Insane asylums Bombay 1873-77 - 1873-1877
Year: 1873
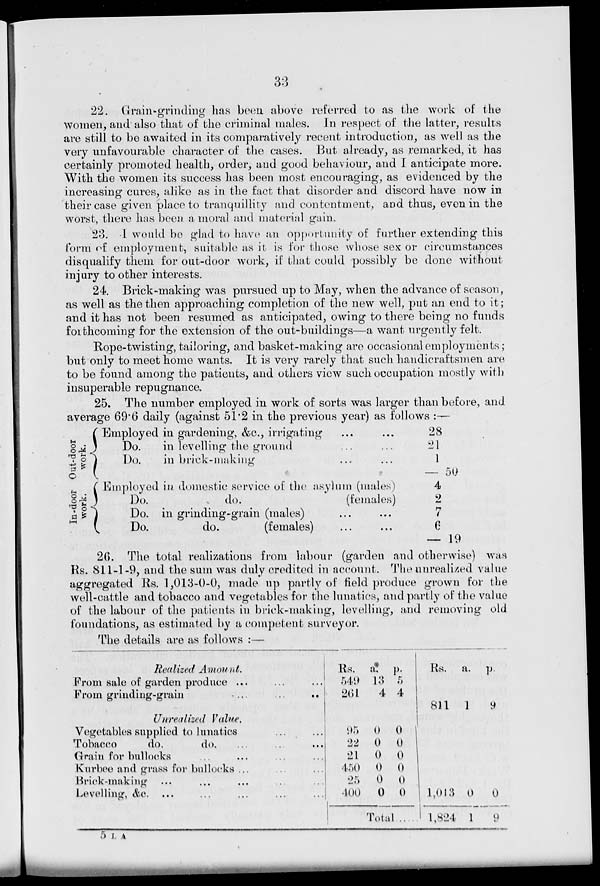
33
22. Grain-grinding has been above referred to as the work of the
women, and also that of the criminal males. In respect of the latter, results
are still to be awaited in its comparatively recent introduction, as well as the
very unfavourable character of the cases. But already, as remarked, it has
certainly promoted health, order, and good behaviour, and I anticipate more.
With the women its success has been most encouraging, as evidenced by the
increasing cures, alike as in the fact that disorder and discord have now in
their case given place to tranquillity and contentment, and thus, even in the
worst, there has been a moral and material gain.
23. I would be glad to have an opportunity of further extending this
form of employment, suitable as it is for those whose sex or circumstances
disqualify them for out-door work, if that could possibly be done without
injury to other interests.
24. Brick-making was pursued up to May, when the advance of season,
as well as the then approaching completion of the new well, put an end to it;
and it has not been resumed as anticipated, owing to there being no funds
forthcoming for the extension of the out-buildings—a want urgently felt.
Rope-twisting, tailoring, and basket-making are occasional employments;
but only to meet home wants. It is very rarely that such handicraftsmen are
to be found among the patients, and others view such occupation mostly with
insuperable repugnance.
25. The number employed in work of sorts was larger than before, and
average 69.6 daily (against 51.2 in the previous year) as follows :—
Out-door
work.
In-door
work.
Employed in gardening, &c, irrigating ... ...
Do.
in levelling the ground ... ...
Do.
in brick-making ... ...
Employed in domestic service of the asylum (males)
Do.
do.
(females)
Do. in grinding-grain (males)
Do.
do.
(females)
28
21
1
— 50
4
2
7
6
— 19
26. The total realizations from labour (garden and otherwise) was
Rs. 811-1-9, and the sum was duly credited in account. The unrealized value
aggregated Rs. 1,013-0-0, made up partly of field produce grown for the
well-cattle and tobacco and vegetables for the lunatics, and partly of the value
of the labour of the patients in brick-making, levelling, and removing old
foundations, as estimated by a competent surveyor.
The details are as follows :—
Realized Amount.
From sale of garden produce ... ... ...
From grinding-grain
...
...
...
Unrealized Value.
Vegetables supplied to lunatics ... ...
Tobacco
do. do. ... ... ...
Grain for bullocks ... ... ... ...
Kurbee and grass for bullocks ... ... ...
Brick-making ... ... ... ... ...
Levelling, &c. ... ... ... ... ...
Rs.
549
261
a.
13
4
p.
5
4
95
22
21
450
25
400
0
0
0
0
0
0
0
0
0
0
0
0
Total
Rs. a. p.
811 1
9
1,013
1,824
0
1
0
9
5 L A